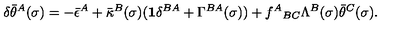
\delta \bar { \theta } ^ { A } ( \sigma ) = - \bar { \epsilon } ^ { A } + \bar { \kappa } ^ { B } ( \sigma ) ( { \bf 1 } \delta ^ { B A } + \Gamma ^ { B A } ( \sigma ) ) + f ^ { A } { } _ { B C } \Lambda ^ { B } ( \sigma ) \bar { \theta } ^ { C } ( \sigma ) .